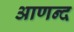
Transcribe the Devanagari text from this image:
आणन्द